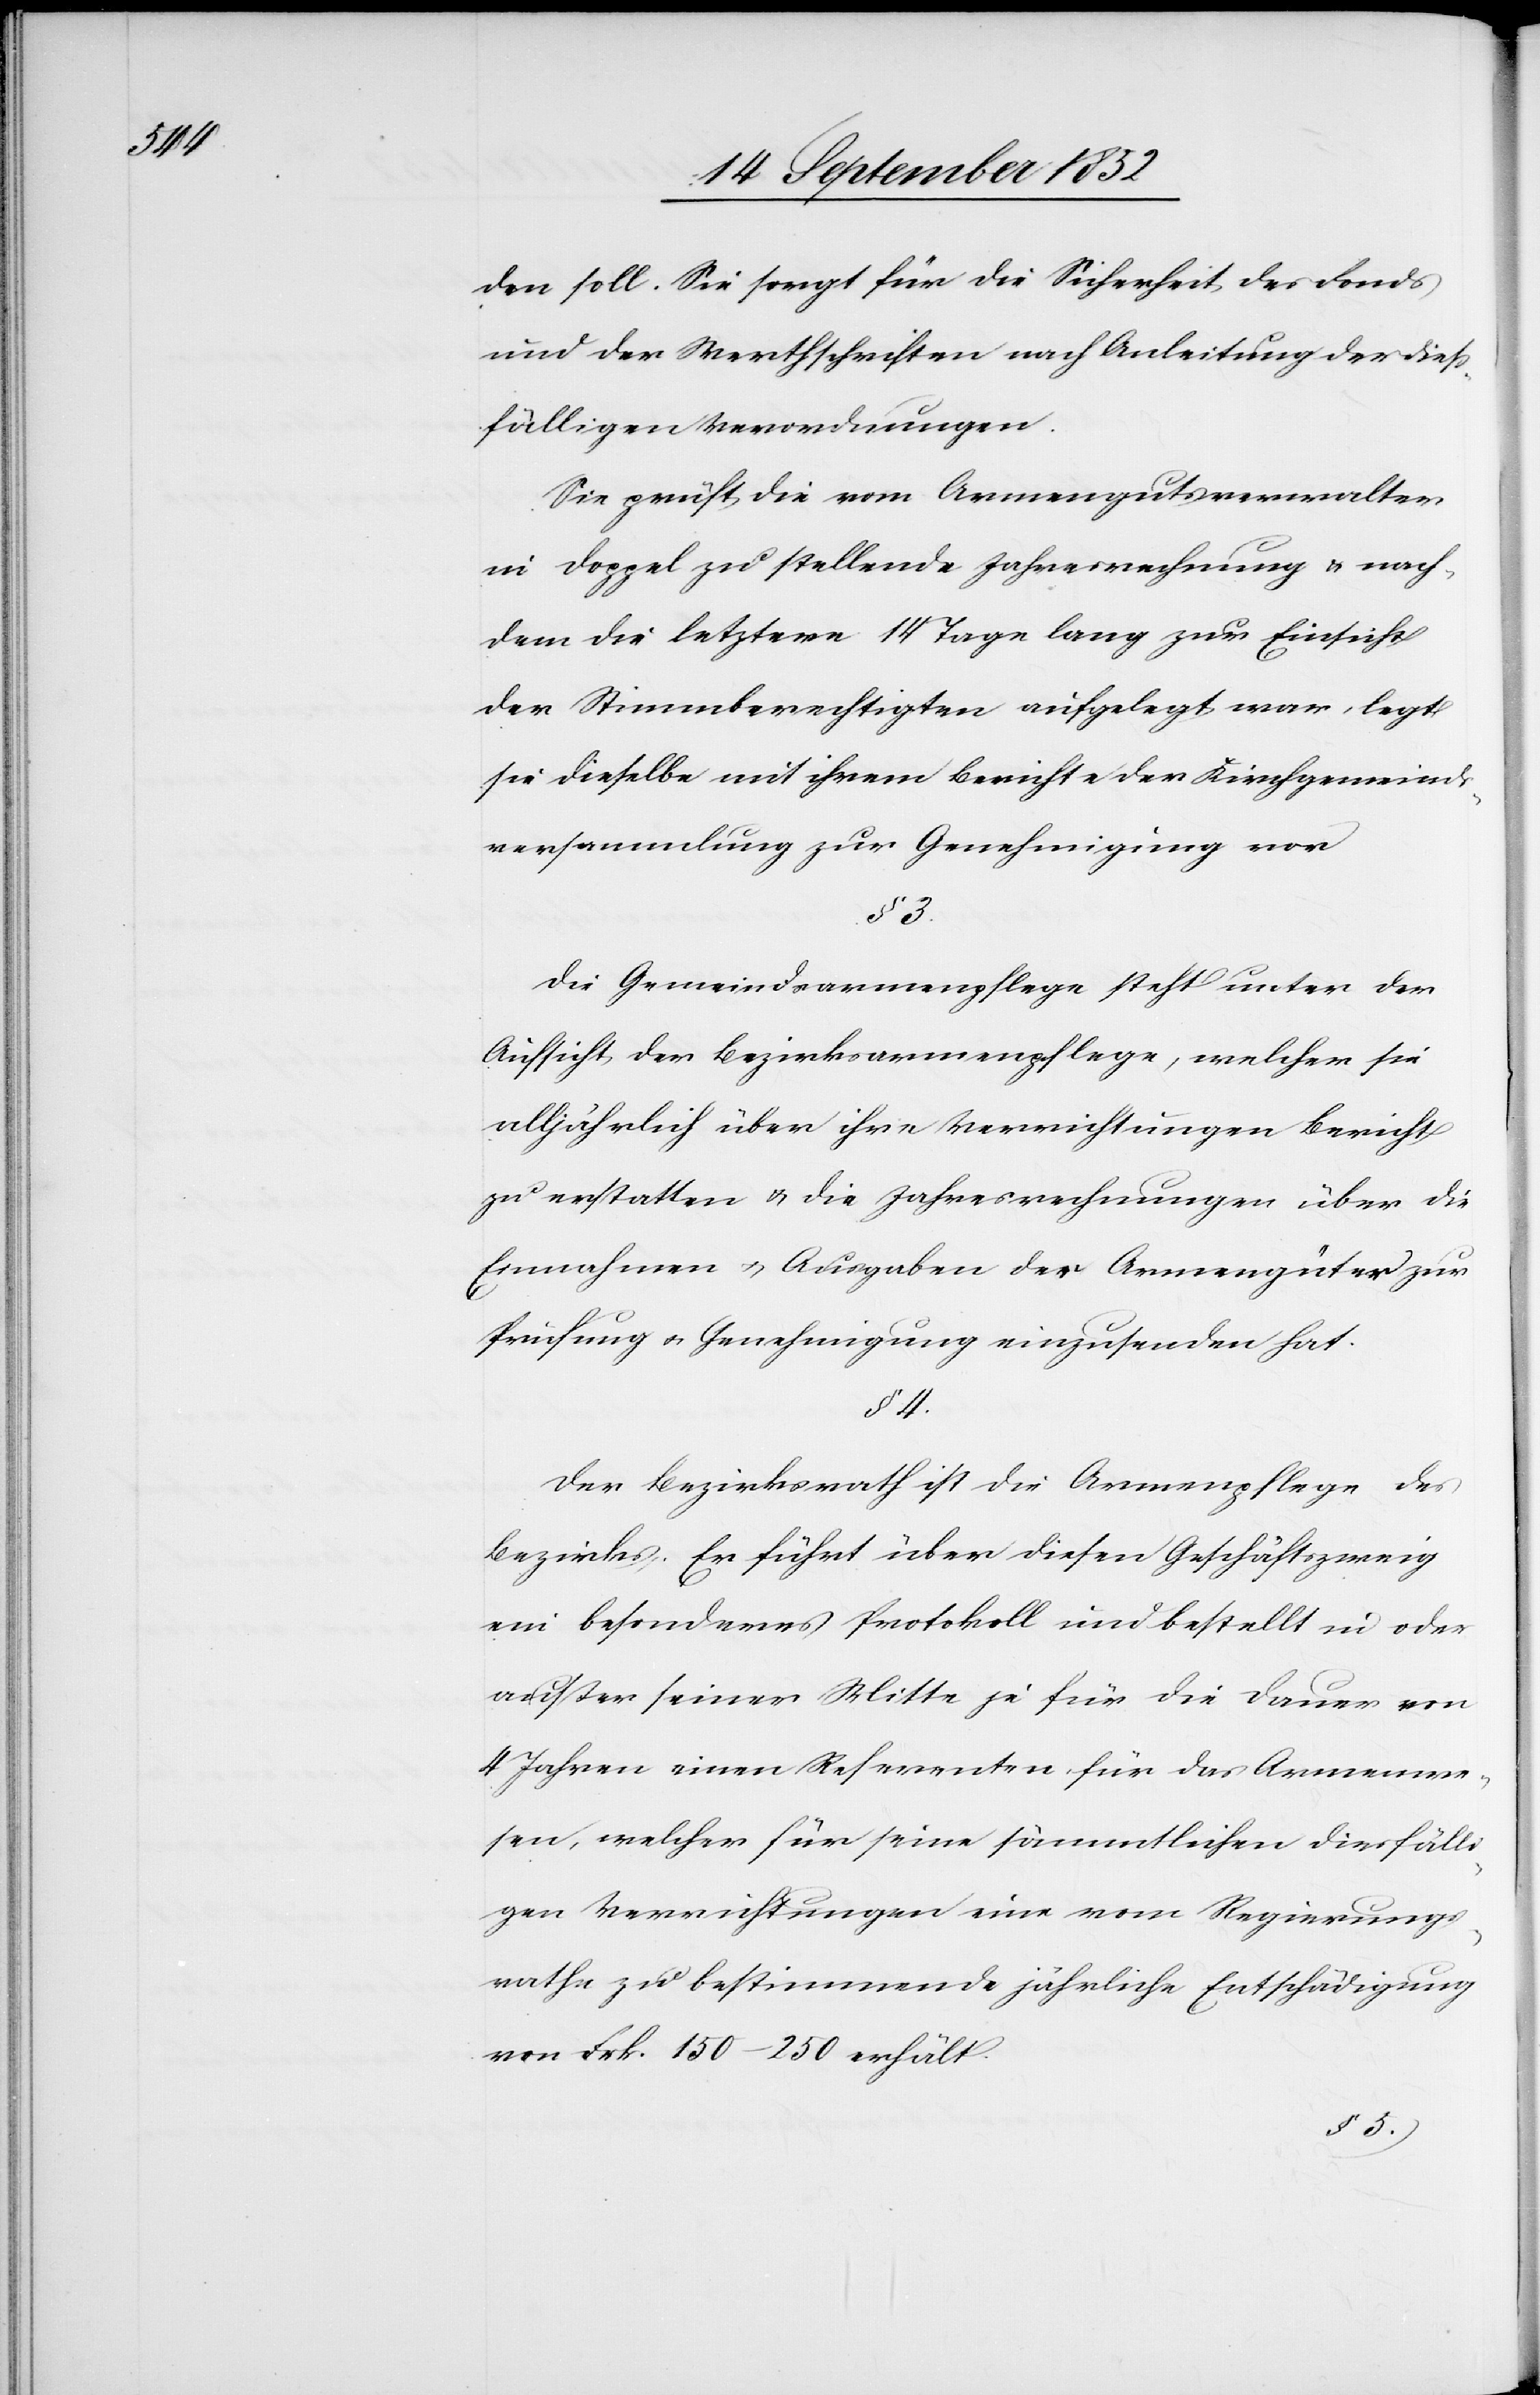
den soll. Sie sorgt für die Sicherheit des Fonds
und der Werthschriften nach Anleitung der dieß¬
fälligen Verordnungen.
Sie prüft die vom Armengutsverwalter
in Doppel zu stellende Jahresrechnung & nach¬
dem die letztere 14 Tage lang zur Einsicht
der Stimmberechtigten aufgelegt war, legt
sie dieselbe mit ihrem Berichte der Kirchgemeinds¬
versammlung zur Genehmigung vor
§ 3.
Die Gemeindsarmenpflege steht unter der
Aufsicht der Bezirksarmenpflege, welcher sie
alljährlich über ihre Verrichtungen Bericht
zu erstatten & die Jahresrechnungen über die
Einnahmen & Ausgaben der Armengüter zur
Prüfung & Genehmigung einzusenden hat.
§ 4.
Der Bezirksrath ist die Armenpflege des
Bezirks. Er führt über diesen Geschäftszweig
ein besonderes Protokoll und bestellt in oder
außer seiner Mitte je für die Dauer von
4 Jahren einen Referenten für das Armenwe¬
sen, welcher für seine sämmtlichen diesfälli¬
gen Verrichtungen eine vom Regierungs¬
rathe zu bestimmende jährliche Entschädigung
von Frk. 150–250 erhält.